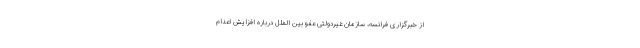
از خبرگزاری فرانسه، سازمان غیردولتی عفو بین الملل درباره افزایش اعدام